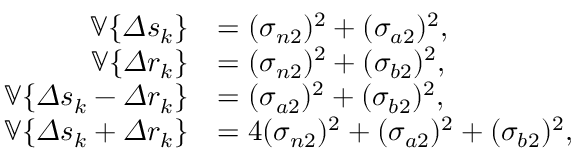
\begin{array} { r l } { \mathbb { V } \{ \varDelta s _ { k } \} } & { = ( \sigma _ { n 2 } ) ^ { 2 } + ( \sigma _ { a 2 } ) ^ { 2 } , } \\ { \mathbb { V } \{ \varDelta r _ { k } \} } & { = ( \sigma _ { n 2 } ) ^ { 2 } + ( \sigma _ { b 2 } ) ^ { 2 } , } \\ { \mathbb { V } \{ \varDelta s _ { k } - \varDelta r _ { k } \} } & { = ( \sigma _ { a 2 } ) ^ { 2 } + ( \sigma _ { b 2 } ) ^ { 2 } , } \\ { \mathbb { V } \{ \varDelta s _ { k } + \varDelta r _ { k } \} } & { = 4 ( \sigma _ { n 2 } ) ^ { 2 } + ( \sigma _ { a 2 } ) ^ { 2 } + ( \sigma _ { b 2 } ) ^ { 2 } , } \end{array}